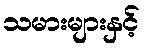
သမားများနှင့်